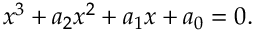
x ^ { 3 } + a _ { 2 } x ^ { 2 } + a _ { 1 } x + a _ { 0 } = 0 .